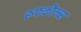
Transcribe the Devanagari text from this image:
रूफकौम्ब्स